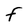
Character: F